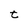
Character: t